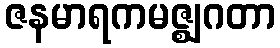
ဇနမာရကမဇ္ဈဂတာ